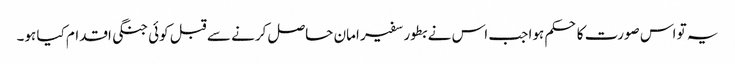
یہ تو اس صورت کا حکم ہوا جب اس نے بطور سفیر امان حاصل کرنے سے قبل کوئی جنگی اقدام کیا ہو۔